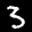
Label: 3